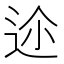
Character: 𨒛